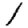
Digit: 1